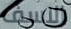
الاسف